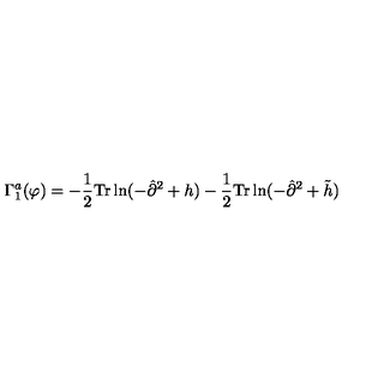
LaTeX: \Gamma _ { 1 } ^ { a } ( \varphi ) = - \frac { 1 } { 2 } \mathrm { T r } \ln ( - { \hat { \partial } } ^ { 2 } + h ) - \frac { 1 } { 2 } \mathrm { T r } \ln ( - { \hat { \partial } } ^ { 2 } + { \tilde { h } } )